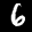
Label: 6